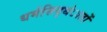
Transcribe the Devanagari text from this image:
धर्मसिद्धंातों